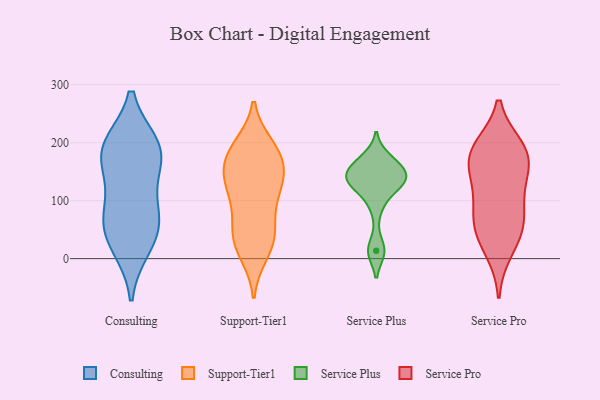
{"axis": {"x": "Budget (USD K)", "y": "Value"}, "legend": ["Consulting", "Service Plus", "Service Pro", "Support-Tier1"], "data": [{"x": "", "y": 175, "type": "Consulting"}, {"x": "", "y": 151, "type": "Consulting"}, {"x": "", "y": 66, "type": "Consulting"}, {"x": "", "y": 90, "type": "Consulting"}, {"x": "", "y": 68, "type": "Consulting"}, {"x": "", "y": 195, "type": "Consulting"}, {"x": "", "y": 195, "type": "Consulting"}, {"x": "", "y": 21, "type": "Consulting"}, {"x": "", "y": 35, "type": "Consulting"}, {"x": "", "y": 190, "type": "Consulting"}, {"x": "", "y": 78, "type": "Support-Tier1"}, {"x": "", "y": 49, "type": "Support-Tier1"}, {"x": "", "y": 170, "type": "Support-Tier1"}, {"x": "", "y": 134, "type": "Support-Tier1"}, {"x": "", "y": 46, "type": "Support-Tier1"}, {"x": "", "y": 139, "type": "Support-Tier1"}, {"x": "", "y": 115, "type": "Support-Tier1"}, {"x": "", "y": 180, "type": "Support-Tier1"}, {"x": "", "y": 10, "type": "Support-Tier1"}, {"x": "", "y": 184, "type": "Support-Tier1"}, {"x": "", "y": 124, "type": "Support-Tier1"}, {"x": "", "y": 181, "type": "Support-Tier1"}, {"x": "", "y": 34, "type": "Support-Tier1"}, {"x": "", "y": 193, "type": "Support-Tier1"}, {"x": "", "y": 20, "type": "Support-Tier1"}, {"x": "", "y": 131, "type": "Support-Tier1"}, {"x": "", "y": 136, "type": "Service Plus"}, {"x": "", "y": 137, "type": "Service Plus"}, {"x": "", "y": 148, "type": "Service Plus"}, {"x": "", "y": 124, "type": "Service Plus"}, {"x": "", "y": 161, "type": "Service Plus"}, {"x": "", "y": 162, "type": "Service Plus"}, {"x": "", "y": 135, "type": "Service Plus"}, {"x": "", "y": 90, "type": "Service Plus"}, {"x": "", "y": 13, "type": "Service Plus"}, {"x": "", "y": 173, "type": "Service Plus"}, {"x": "", "y": 131, "type": "Service Plus"}, {"x": "", "y": 14, "type": "Service Plus"}, {"x": "", "y": 186, "type": "Service Pro"}, {"x": "", "y": 43, "type": "Service Pro"}, {"x": "", "y": 61, "type": "Service Pro"}, {"x": "", "y": 164, "type": "Service Pro"}, {"x": "", "y": 83, "type": "Service Pro"}, {"x": "", "y": 186, "type": "Service Pro"}, {"x": "", "y": 59, "type": "Service Pro"}, {"x": "", "y": 120, "type": "Service Pro"}, {"x": "", "y": 191, "type": "Service Pro"}, {"x": "", "y": 130, "type": "Service Pro"}, {"x": "", "y": 172, "type": "Service Pro"}, {"x": "", "y": 14, "type": "Service Pro"}]}